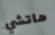
هاتشي